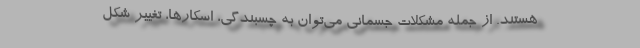
هستند. از جمله مشکلات جسمانی می‌توان به چسبندگی، اِسکارها، تغییر شکل